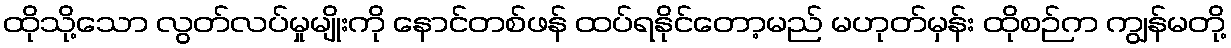
ထိုသို့သော လွတ်လပ်မှုမျိုးကို နောင်တစ်ဖန် ထပ်ရနိုင်တော့မည် မဟုတ်မှန်း ထိုစဉ်က ကျွန်မတို့